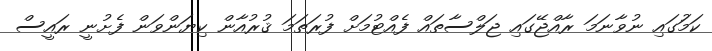
ކަމުަގައި ނުވާނަމަ ރާއްޖޭގައި ޖަލްސާތައް ފެއްޓުމަށް ފުރަތަމަ ޤުރުއާން ކިޔަންވަން ފެށުނީ ރައީސް